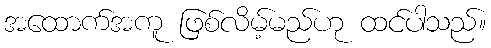
အထောက်အကူ ဖြစ်လိမ့်မည်ဟု ထင်ပါသည်။